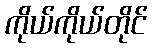
ကိုယ်ကိုယ်တိုင်